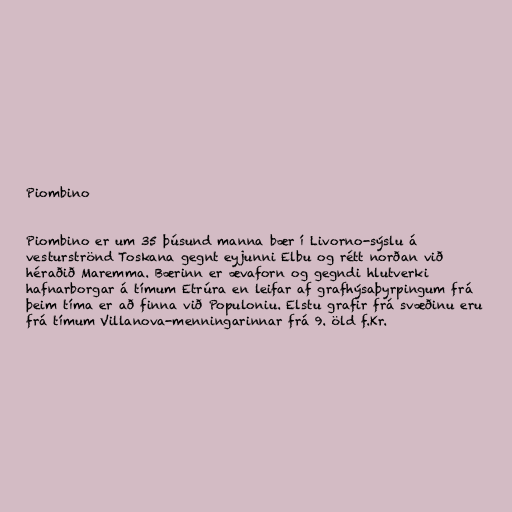
Piombino

Piombino er um 35 þúsund manna bær í Livorno-sýslu á
vesturströnd Toskana gegnt eyjunni Elbu og rétt norðan við
héraðið Maremma. Bærinn er ævaforn og gegndi hlutverki
hafnarborgar á tímum Etrúra en leifar af grafhýsaþyrpingum frá
þeim tíma er að finna við Populoniu. Elstu grafir frá svæðinu eru
frá tímum Villanova-menningarinnar frá 9. öld f.Kr.